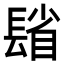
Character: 𨲓